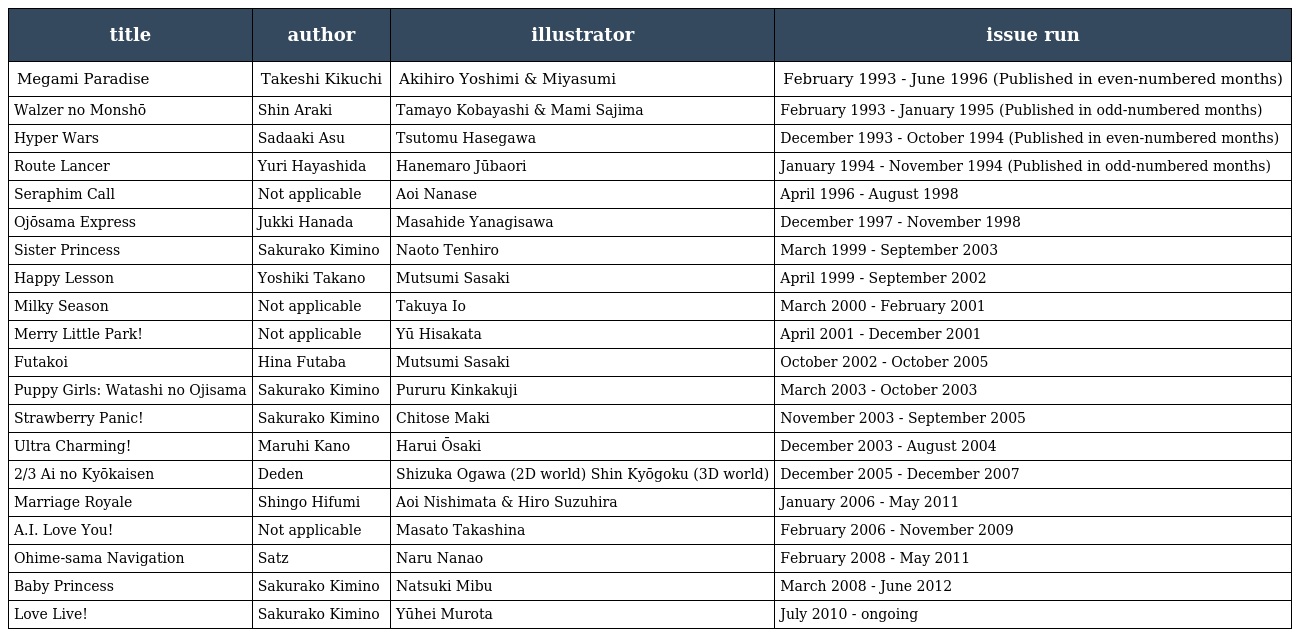
| title | author | illustrator | issue run |
 | --- | --- | --- | --- |
 | Megami Paradise | Takeshi Kikuchi | Akihiro Yoshimi & Miyasumi | February 1993 - June 1996 (Published in even-numbered months) |
 | Walzer no Monshō | Shin Araki | Tamayo Kobayashi & Mami Sajima | February 1993 - January 1995 (Published in odd-numbered months) |
 | Hyper Wars | Sadaaki Asu | Tsutomu Hasegawa | December 1993 - October 1994 (Published in even-numbered months) |
 | Route Lancer | Yuri Hayashida | Hanemaro Jūbaori | January 1994 - November 1994 (Published in odd-numbered months) |
 | Seraphim Call | Not applicable | Aoi Nanase | April 1996 - August 1998 |
 | Ojōsama Express | Jukki Hanada | Masahide Yanagisawa | December 1997 - November 1998 |
 | Sister Princess | Sakurako Kimino | Naoto Tenhiro | March 1999 - September 2003 |
 | Happy Lesson | Yoshiki Takano | Mutsumi Sasaki | April 1999 - September 2002 |
 | Milky Season | Not applicable | Takuya Io | March 2000 - February 2001 |
 | Merry Little Park! | Not applicable | Yū Hisakata | April 2001 - December 2001 |
 | Futakoi | Hina Futaba | Mutsumi Sasaki | October 2002 - October 2005 |
 | Puppy Girls: Watashi no Ojisama | Sakurako Kimino | Pururu Kinkakuji | March 2003 - October 2003 |
 | Strawberry Panic! | Sakurako Kimino | Chitose Maki | November 2003 - September 2005 |
 | Ultra Charming! | Maruhi Kano | Harui Ōsaki | December 2003 - August 2004 |
 | 2/3 Ai no Kyōkaisen | Deden | Shizuka Ogawa (2D world) Shin Kyōgoku (3D world) | December 2005 - December 2007 |
 | Marriage Royale | Shingo Hifumi | Aoi Nishimata & Hiro Suzuhira | January 2006 - May 2011 |
 | A.I. Love You! | Not applicable | Masato Takashina | February 2006 - November 2009 |
 | Ohime-sama Navigation | Satz | Naru Nanao | February 2008 - May 2011 |
 | Baby Princess | Sakurako Kimino | Natsuki Mibu | March 2008 - June 2012 |
 | Love Live! | Sakurako Kimino | Yūhei Murota | July 2010 - ongoing |